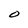
Character: O